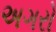
અગરો